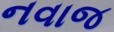
નવાજ